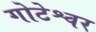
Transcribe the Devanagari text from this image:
गोटेश्वर